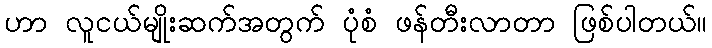
ဟာ လူငယ်မျိုးဆက်အတွက် ပုံစံ ဖန်တီးလာတာ ဖြစ်ပါတယ်။